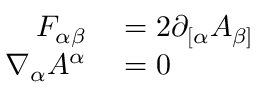
\begin{array} { r l } { F _ { \alpha \beta } } & { { } = 2 \partial _ { [ \alpha } A _ { \beta ] } } \\ { \nabla _ { \alpha } A ^ { \alpha } } & { { } = 0 } \end{array}